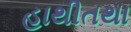
હાથીતથા